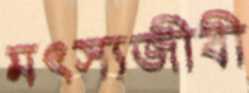
মৎস্যজীবী